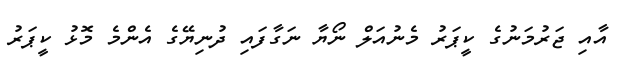
އާއި ޖަރުމަނުގެ ކީޕަރު މެނުއަލް ނޯޔާ ނަގާފައި ދުނިޔޭގެ އެންމެ މޮޅު ކީޕަރު